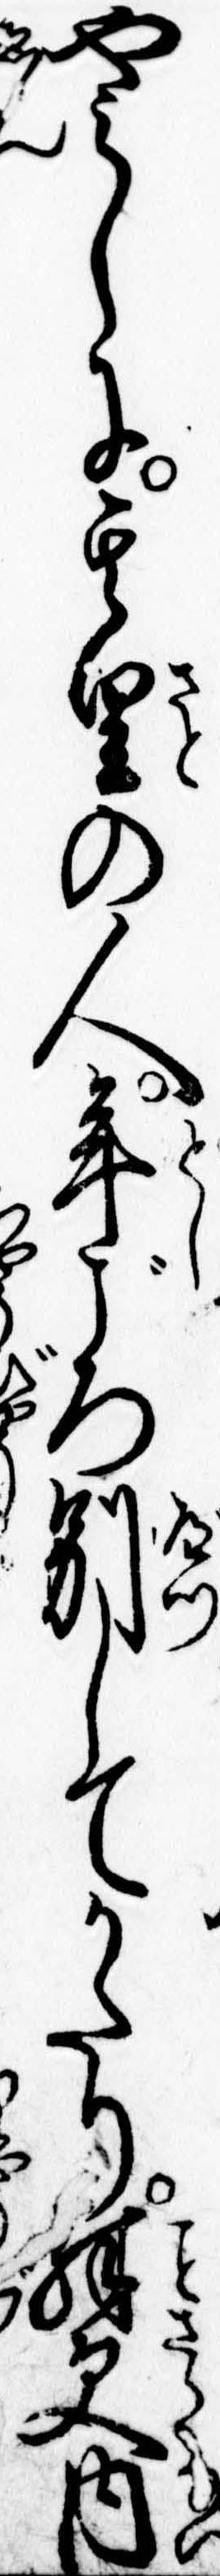
やみしに其里の人年ごろ別してかたり殊更内